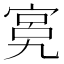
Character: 𱚍